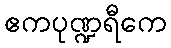
ဧကပုဏ္ဍရီကေ